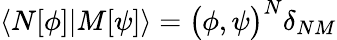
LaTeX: \langle N[\phi]|M[\psi]\rangle=\bigl(\phi,\psi\bigr)^{N}\delta_{NM}